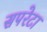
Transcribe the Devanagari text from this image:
सपरेटा